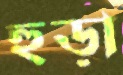
হুড়া